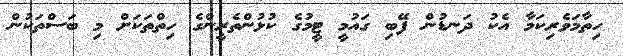
ހިތާމަވެރިކަމާ އެކު ދަނޑުން ފޭބި ގައުމީ ޓީމުގެ ކުޅުންތެރީންގެ ހިތްތަކަށް މި ބަސްތަކުން